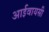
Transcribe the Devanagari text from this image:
आईवायसी